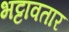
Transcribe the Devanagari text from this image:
भट्टावतार